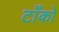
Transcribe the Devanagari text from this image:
टाँको